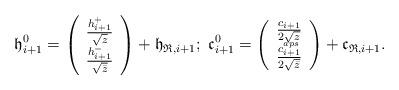
LaTeX: \begin{align*}\mathfrak{h}^0_{i+1}= \left( \begin{array}{c}\frac{h_{i+1}^+}{\sqrt{z}} \\\frac{h^-_{i+1}}{\sqrt{\bar{z}}}\end{array} \right)+\mathfrak{h}_{\mathfrak{R},i+1};\mbox{ }\mathfrak{c}^0_{i+1}= \left( \begin{array}{c}\frac{c_{i+1}}{2\sqrt{z}} \\\frac{c^{aps}_{i+1}}{2\sqrt{\bar{z}}}\end{array} \right)+\mathfrak{c}_{\mathfrak{R},i+1}.\end{align*}